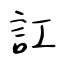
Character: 訌